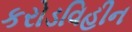
કરોડવિહીન